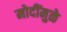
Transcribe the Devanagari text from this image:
मोदींमुळे